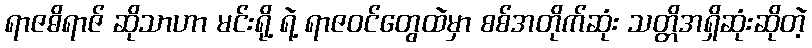
ရာဇဓိရာဇ် ဆိုသာဟာ မင်းရို့ ရဲ့ ရာဇဝင်တွေထဲမှာ စစ်အတိုက်ဆုံး သတ္တိအရှိဆုံးဆိုတဲ့